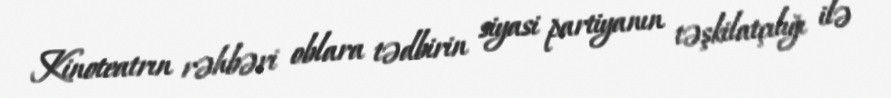
Kinoteatrın rəhbəri oblara tədbirin siyasi partiyanın təşkilatçılığı ilə